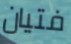
فتيان